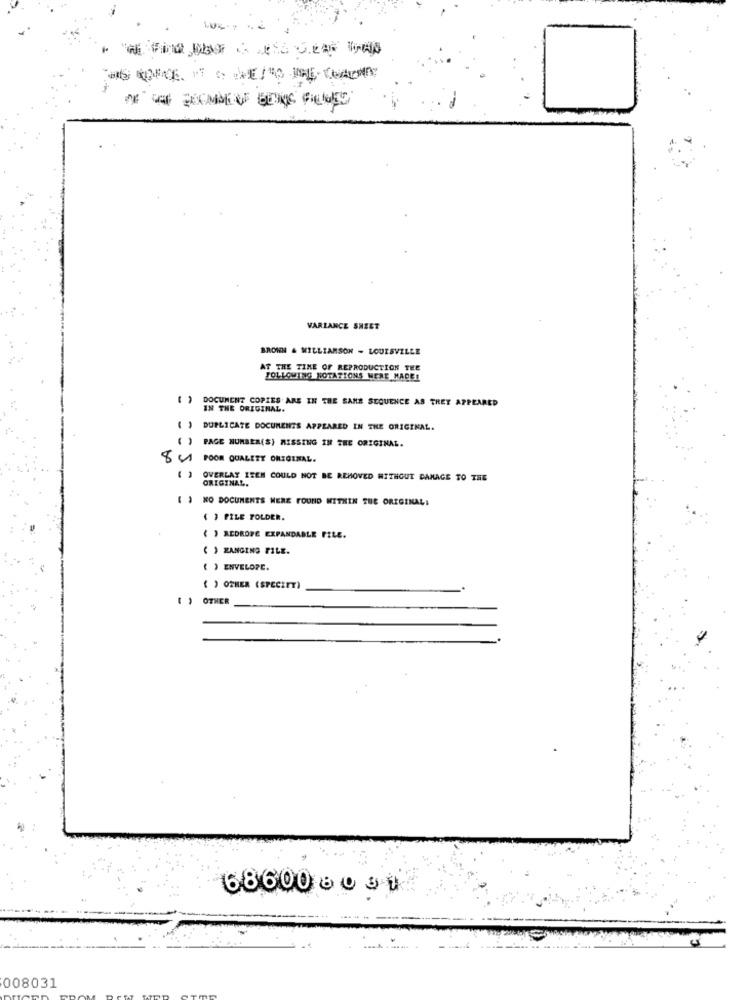
10%-7
-------
VARIANCE SHEET
BROWN & WILLIAMSON - LOUISVILLE
AT THE TIME OF REPRODUCTION THE
FOLLOWING NOTATIONS WERE MADE!
( ) DOCUMENT COPIES ARE IN THE SAME SEQUENCE AS TREY APPEARED
IN THE ORIGINAL.
( )
DUPLICATE DOCUMENTS APPEARED IN THE ORIGINAL.
PAGE NUMBER(S) MISSING IN THE ORIGINAL.
8 4 POOR QUALITY ORIGINAL.
OVERLAY ITEM COULD NOT BE REMOVED WITHOUT DAMAGE TO THE
ORIGINAL.
( ) NO DOCUMENTS WERE FOUND WITHIN THE ORIGINAL;
( ) FILE FOLDER.
( ) REDROFE EXPANDABLE FILE.
( ) ZANGING FILE.
( ) ENVELOPE.
( ) OTHER (SPECIET)
( ) OTHER
68600 6 0 34
008031